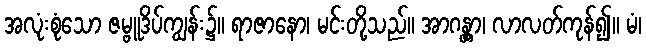
အလုံးစုံသော ဇမ္ဗူဒိပ်ကျွန်း၌။ ရာဇာနော၊ မင်းတို့သည်။ အာဂန္တွာ၊ လာလတ်ကုန်၍။ မံ၊